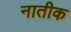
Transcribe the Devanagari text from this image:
नातीक